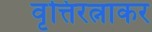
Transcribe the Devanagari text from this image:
वृत्तिरत्नाकर